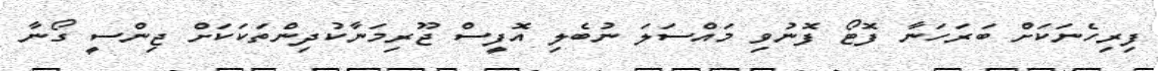
ފިރިހެނަކަށް ބަރަހަނާ ފޮޓޯ ފޮނުވި މައްސަލަ ނުބެލި އޮފީސް ޖޫރިމަނާކުދިންތަކަކަށް ޖިންސީ ގޯނާ